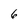
Character: 6